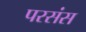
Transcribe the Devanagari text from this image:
परसंस